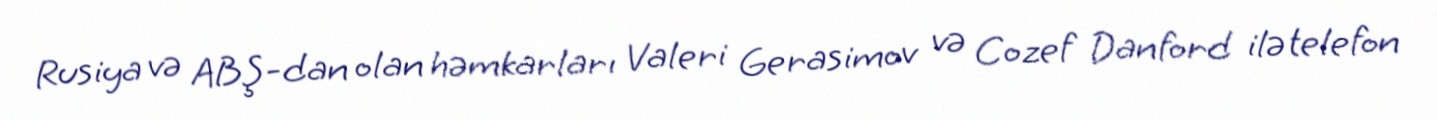
Rusiya və ABŞ-dan olan həmkarları Valeri Gerasimov və Cozef Danford ilə telefon